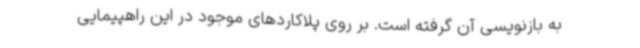
به بازنویسی آن گرفته است. بر روی پلاکاردهای موجود در این راهپیمایی